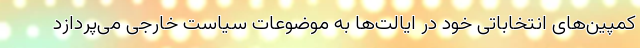
کمپین‌های انتخاباتی خود در ایالت‌ها به موضوعات سیاست خارجی می‌پردازد